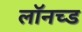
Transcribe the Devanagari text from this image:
लॉनच्ड